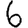
Digit: 6